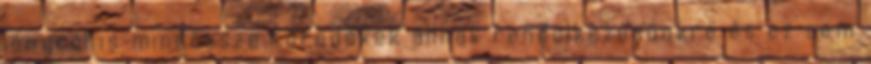
lányról is mindössze töredékek állnak rendelkezésünkre és ez sem